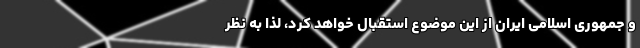
و جمهوری اسلامی ایران از این موضوع استقبال خواهد کرد، لذا به نظر